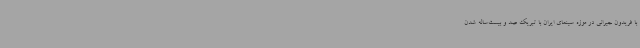
با فریدون جیرانی در موزه سینمای ایران با تبریک صد و بیست‌ساله شدن